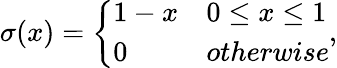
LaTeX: \sigma(x)=\left\{ \begin{array}{ll}{1-x}&{0\leq x\leq 1}\\ {0}&{otherwise}\end{array}\right.,